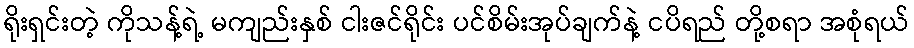
ရိုးရှင်းတဲ့ ကိုသန့်ရဲ့ မကျည်းနှစ် ငါးဇင်ရိုင်း ပင်စိမ်းအုပ်ချက်နဲ့ ငပိရည် တို့စရာ အစုံရယ်